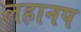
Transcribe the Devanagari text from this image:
लहानप